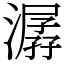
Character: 潺